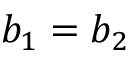
b _ { 1 } = b _ { 2 }